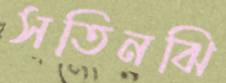
সতিনঝি